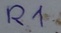
Text: R1